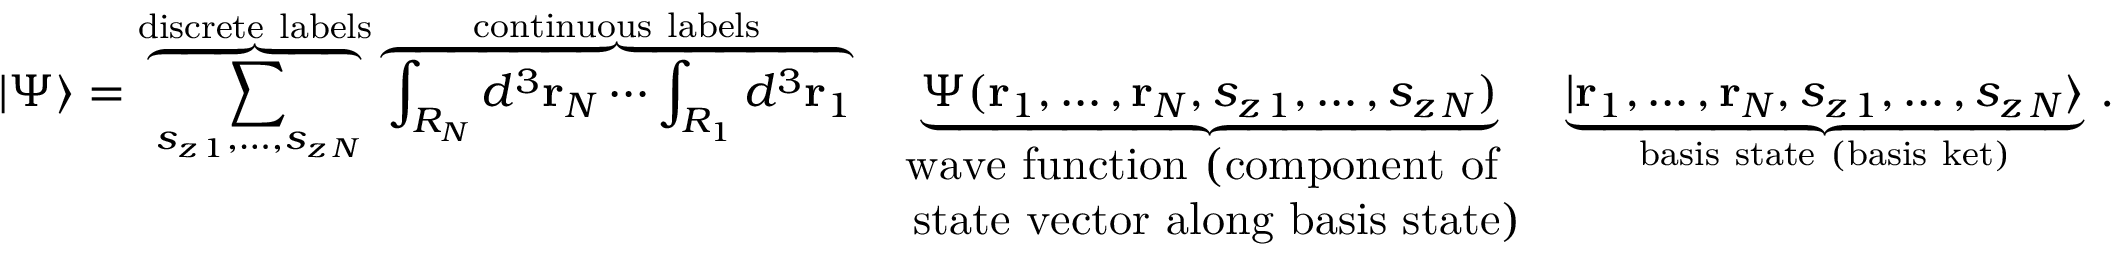
| \Psi \rangle = \overbrace { \sum _ { s _ { z \, 1 } , \ldots , s _ { z \, N } } } ^ { \mathrm { d i s c r e t e ~ l a b e l s } } \overbrace { \int _ { R _ { N } } d ^ { 3 } \mathbf { r } _ { N } \cdots \int _ { R _ { 1 } } d ^ { 3 } \mathbf { r } _ { 1 } } ^ { \mathrm { c o n t i n u o u s ~ l a b e l s } } \; \underbrace { { \Psi } ( \mathbf { r } _ { 1 } , \ldots , \mathbf { r } _ { N } , s _ { z \, 1 } , \ldots , s _ { z \, N } ) } _ { \begin{array} { c } { { \mathrm { w a v e ~ f u n c t i o n ~ ( c o m p o n e n t ~ o f ~ } } } \\ { { \mathrm { ~ s t a t e ~ v e c t o r ~ a l o n g ~ b a s i s ~ s t a t e ) } } } \end{array} } \; \underbrace { | \mathbf { r } _ { 1 } , \ldots , \mathbf { r } _ { N } , s _ { z \, 1 } , \ldots , s _ { z \, N } \rangle } _ { \mathrm { b a s i s ~ s t a t e ~ ( b a s i s ~ k e t ) } } \, .